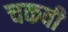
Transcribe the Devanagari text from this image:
चकवी